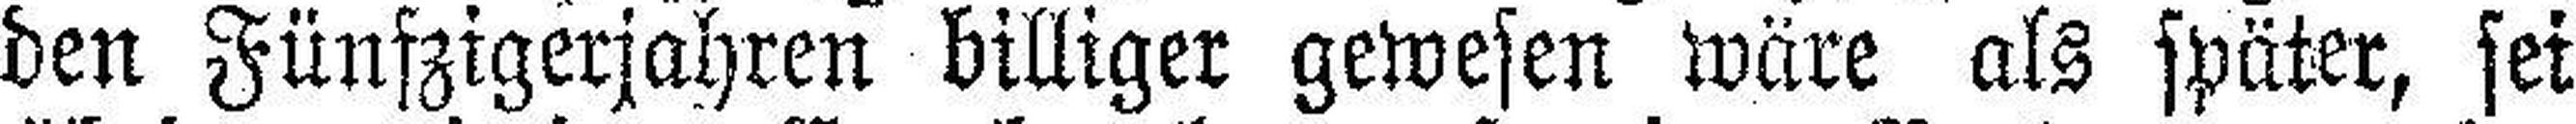
den Fünfzigerjahren billiger gewesen wäre als später, sei